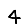
Digit: 4